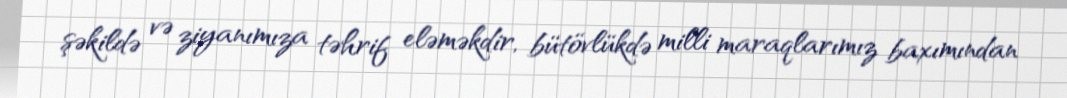
şəkildə və ziyanımıza təhrif eləməkdir, bütövlükdə milli maraqlarımız baxımından